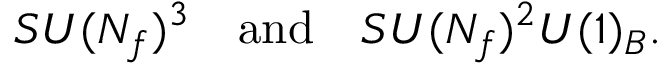
S U ( N _ { f } ) ^ { 3 } \quad \mathrm { a n d } \quad S U ( N _ { f } ) ^ { 2 } U ( 1 ) _ { B } .